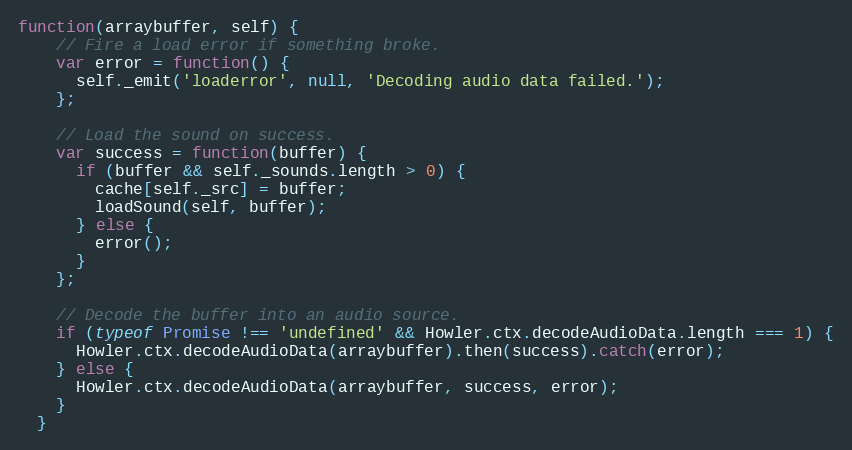
Language: JavaScript
function(arraybuffer, self) {
    // Fire a load error if something broke.
    var error = function() {
      self._emit('loaderror', null, 'Decoding audio data failed.');
    };

    // Load the sound on success.
    var success = function(buffer) {
      if (buffer && self._sounds.length > 0) {
        cache[self._src] = buffer;
        loadSound(self, buffer);
      } else {
        error();
      }
    };

    // Decode the buffer into an audio source.
    if (typeof Promise !== 'undefined' && Howler.ctx.decodeAudioData.length === 1) {
      Howler.ctx.decodeAudioData(arraybuffer).then(success).catch(error);
    } else {
      Howler.ctx.decodeAudioData(arraybuffer, success, error);
    }
  }